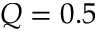
Q = 0 . 5